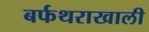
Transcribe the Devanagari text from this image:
बर्फथराखाली